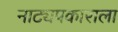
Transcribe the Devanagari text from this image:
नाट्यप्रकाराला